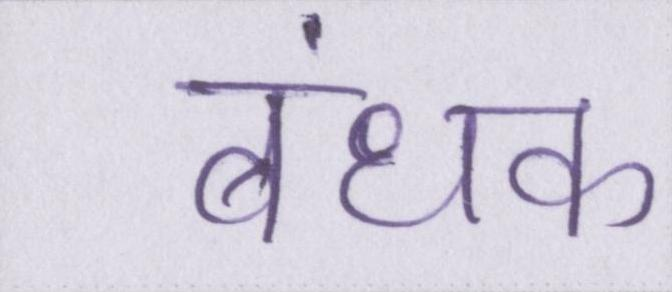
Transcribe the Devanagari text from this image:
बंधक